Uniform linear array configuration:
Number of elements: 64
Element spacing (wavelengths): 0.5
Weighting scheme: cosine
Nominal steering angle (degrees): -30
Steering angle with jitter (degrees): -29.327
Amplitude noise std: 0.05
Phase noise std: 0.05

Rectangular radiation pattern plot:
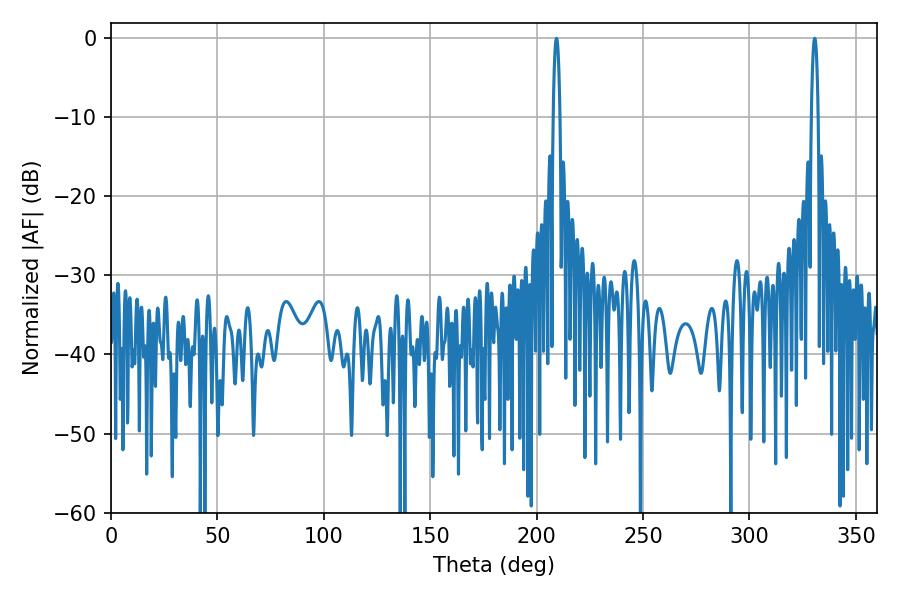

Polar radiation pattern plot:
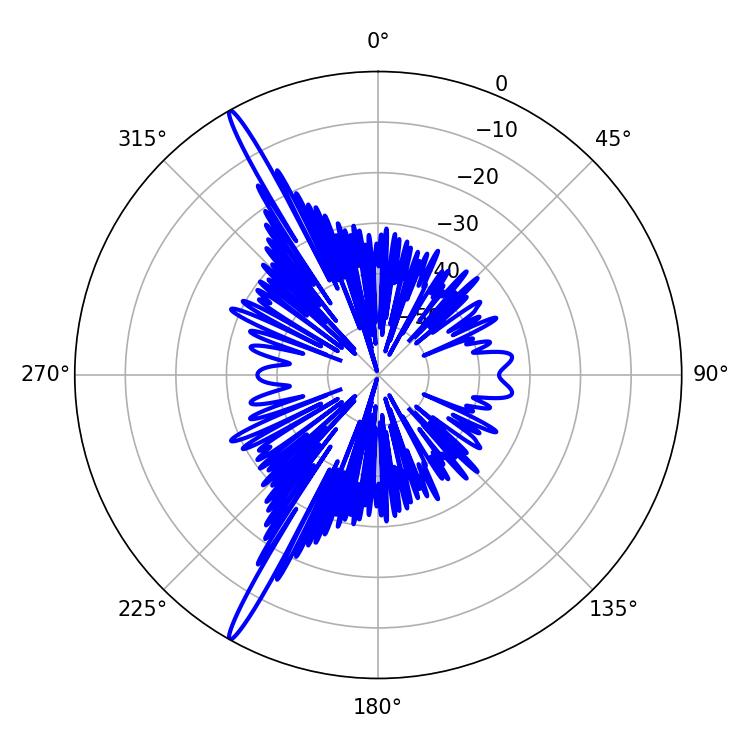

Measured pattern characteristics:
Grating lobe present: FALSE
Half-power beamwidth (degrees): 1.8
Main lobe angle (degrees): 330.66